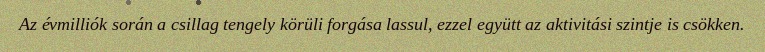
Az évmilliók során a csillag tengely körüli forgása lassul, ezzel együtt az aktivitási szintje is csökken.